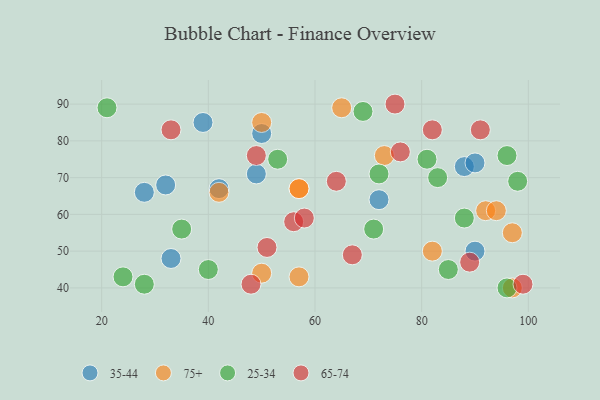
{"axis": {"x": "GDP", "y": "Life Expectancy"}, "legend": ["25-34", "35-44", "65-74", "75+"], "data": [{"x": "28", "y": 66, "type": "35-44"}, {"x": "90", "y": 50, "type": "35-44"}, {"x": "88", "y": 73, "type": "35-44"}, {"x": "72", "y": 64, "type": "35-44"}, {"x": "90", "y": 74, "type": "35-44"}, {"x": "50", "y": 82, "type": "35-44"}, {"x": "49", "y": 71, "type": "35-44"}, {"x": "42", "y": 67, "type": "35-44"}, {"x": "33", "y": 48, "type": "35-44"}, {"x": "32", "y": 68, "type": "35-44"}, {"x": "39", "y": 85, "type": "35-44"}, {"x": "97", "y": 55, "type": "75+"}, {"x": "57", "y": 67, "type": "75+"}, {"x": "73", "y": 76, "type": "75+"}, {"x": "50", "y": 44, "type": "75+"}, {"x": "92", "y": 61, "type": "75+"}, {"x": "50", "y": 85, "type": "75+"}, {"x": "82", "y": 50, "type": "75+"}, {"x": "97", "y": 40, "type": "75+"}, {"x": "65", "y": 89, "type": "75+"}, {"x": "94", "y": 61, "type": "75+"}, {"x": "57", "y": 43, "type": "75+"}, {"x": "42", "y": 66, "type": "75+"}, {"x": "57", "y": 67, "type": "75+"}, {"x": "69", "y": 88, "type": "25-34"}, {"x": "88", "y": 59, "type": "25-34"}, {"x": "81", "y": 75, "type": "25-34"}, {"x": "83", "y": 70, "type": "25-34"}, {"x": "72", "y": 71, "type": "25-34"}, {"x": "40", "y": 45, "type": "25-34"}, {"x": "28", "y": 41, "type": "25-34"}, {"x": "96", "y": 40, "type": "25-34"}, {"x": "53", "y": 75, "type": "25-34"}, {"x": "21", "y": 89, "type": "25-34"}, {"x": "85", "y": 45, "type": "25-34"}, {"x": "24", "y": 43, "type": "25-34"}, {"x": "98", "y": 69, "type": "25-34"}, {"x": "96", "y": 76, "type": "25-34"}, {"x": "35", "y": 56, "type": "25-34"}, {"x": "71", "y": 56, "type": "25-34"}, {"x": "67", "y": 49, "type": "65-74"}, {"x": "76", "y": 77, "type": "65-74"}, {"x": "33", "y": 83, "type": "65-74"}, {"x": "82", "y": 83, "type": "65-74"}, {"x": "91", "y": 83, "type": "65-74"}, {"x": "64", "y": 69, "type": "65-74"}, {"x": "75", "y": 90, "type": "65-74"}, {"x": "51", "y": 51, "type": "65-74"}, {"x": "49", "y": 76, "type": "65-74"}, {"x": "99", "y": 41, "type": "65-74"}, {"x": "89", "y": 47, "type": "65-74"}, {"x": "56", "y": 58, "type": "65-74"}, {"x": "48", "y": 41, "type": "65-74"}, {"x": "58", "y": 59, "type": "65-74"}]}